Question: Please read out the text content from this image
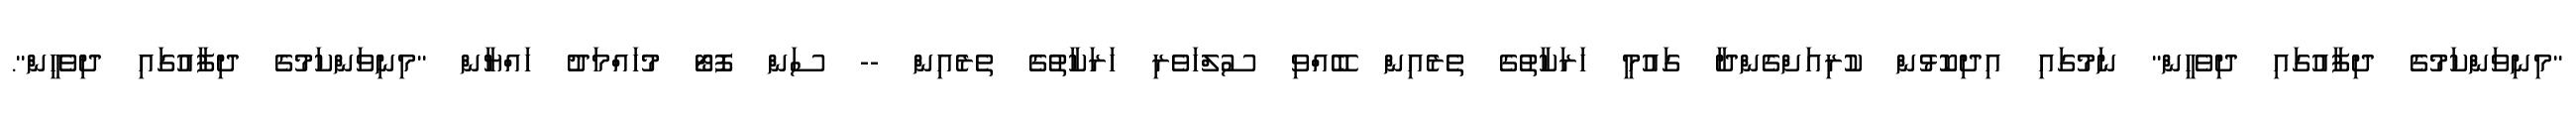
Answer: "މިނިވަންކަމުގެ ދިފާއުގައި ދިވެހީން" ނަމުގައި އިދިކޮޅުން ކުރިއަށްގެންދާ ގައުމީ ހަރަކާތުގެ ތެރެއިން ބޭއްވި ސުލްހަވެރި ހަރަކާތުގެ ތެރެއިން -- ސަން ފޮޓޯ މުހައްމަދު ހައްޔާން "މިނިވަންކަމުގެ ދިފާއުގައި ދިވެހީން".